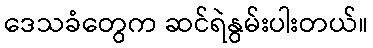
ဒေသခံတွေက ဆင်ရဲနွမ်းပါးတယ်။